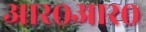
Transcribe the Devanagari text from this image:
आर०आर०